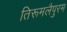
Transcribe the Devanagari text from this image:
तिरूमलैपुरम